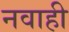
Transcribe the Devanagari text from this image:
नवाही